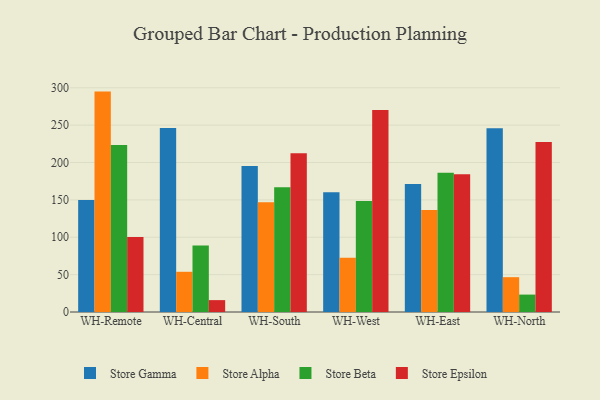
{"axis": {"x": "Warehouse", "y": "Temperature (°C)"}, "legend": ["Store Alpha", "Store Beta", "Store Epsilon", "Store Gamma"], "data": [{"x": "WH-Remote", "y": 150.0, "type": "Store Gamma"}, {"x": "WH-Remote", "y": 294.9, "type": "Store Alpha"}, {"x": "WH-Remote", "y": 223.5, "type": "Store Beta"}, {"x": "WH-Remote", "y": 100.2, "type": "Store Epsilon"}, {"x": "WH-Central", "y": 246.1, "type": "Store Gamma"}, {"x": "WH-Central", "y": 53.8, "type": "Store Alpha"}, {"x": "WH-Central", "y": 89.1, "type": "Store Beta"}, {"x": "WH-Central", "y": 15.9, "type": "Store Epsilon"}, {"x": "WH-South", "y": 195.4, "type": "Store Gamma"}, {"x": "WH-South", "y": 146.8, "type": "Store Alpha"}, {"x": "WH-South", "y": 167.0, "type": "Store Beta"}, {"x": "WH-South", "y": 212.3, "type": "Store Epsilon"}, {"x": "WH-West", "y": 160.2, "type": "Store Gamma"}, {"x": "WH-West", "y": 72.7, "type": "Store Alpha"}, {"x": "WH-West", "y": 148.6, "type": "Store Beta"}, {"x": "WH-West", "y": 270.4, "type": "Store Epsilon"}, {"x": "WH-East", "y": 171.4, "type": "Store Gamma"}, {"x": "WH-East", "y": 136.5, "type": "Store Alpha"}, {"x": "WH-East", "y": 186.3, "type": "Store Beta"}, {"x": "WH-East", "y": 184.4, "type": "Store Epsilon"}, {"x": "WH-North", "y": 245.9, "type": "Store Gamma"}, {"x": "WH-North", "y": 46.6, "type": "Store Alpha"}, {"x": "WH-North", "y": 23.3, "type": "Store Beta"}, {"x": "WH-North", "y": 227.3, "type": "Store Epsilon"}]}